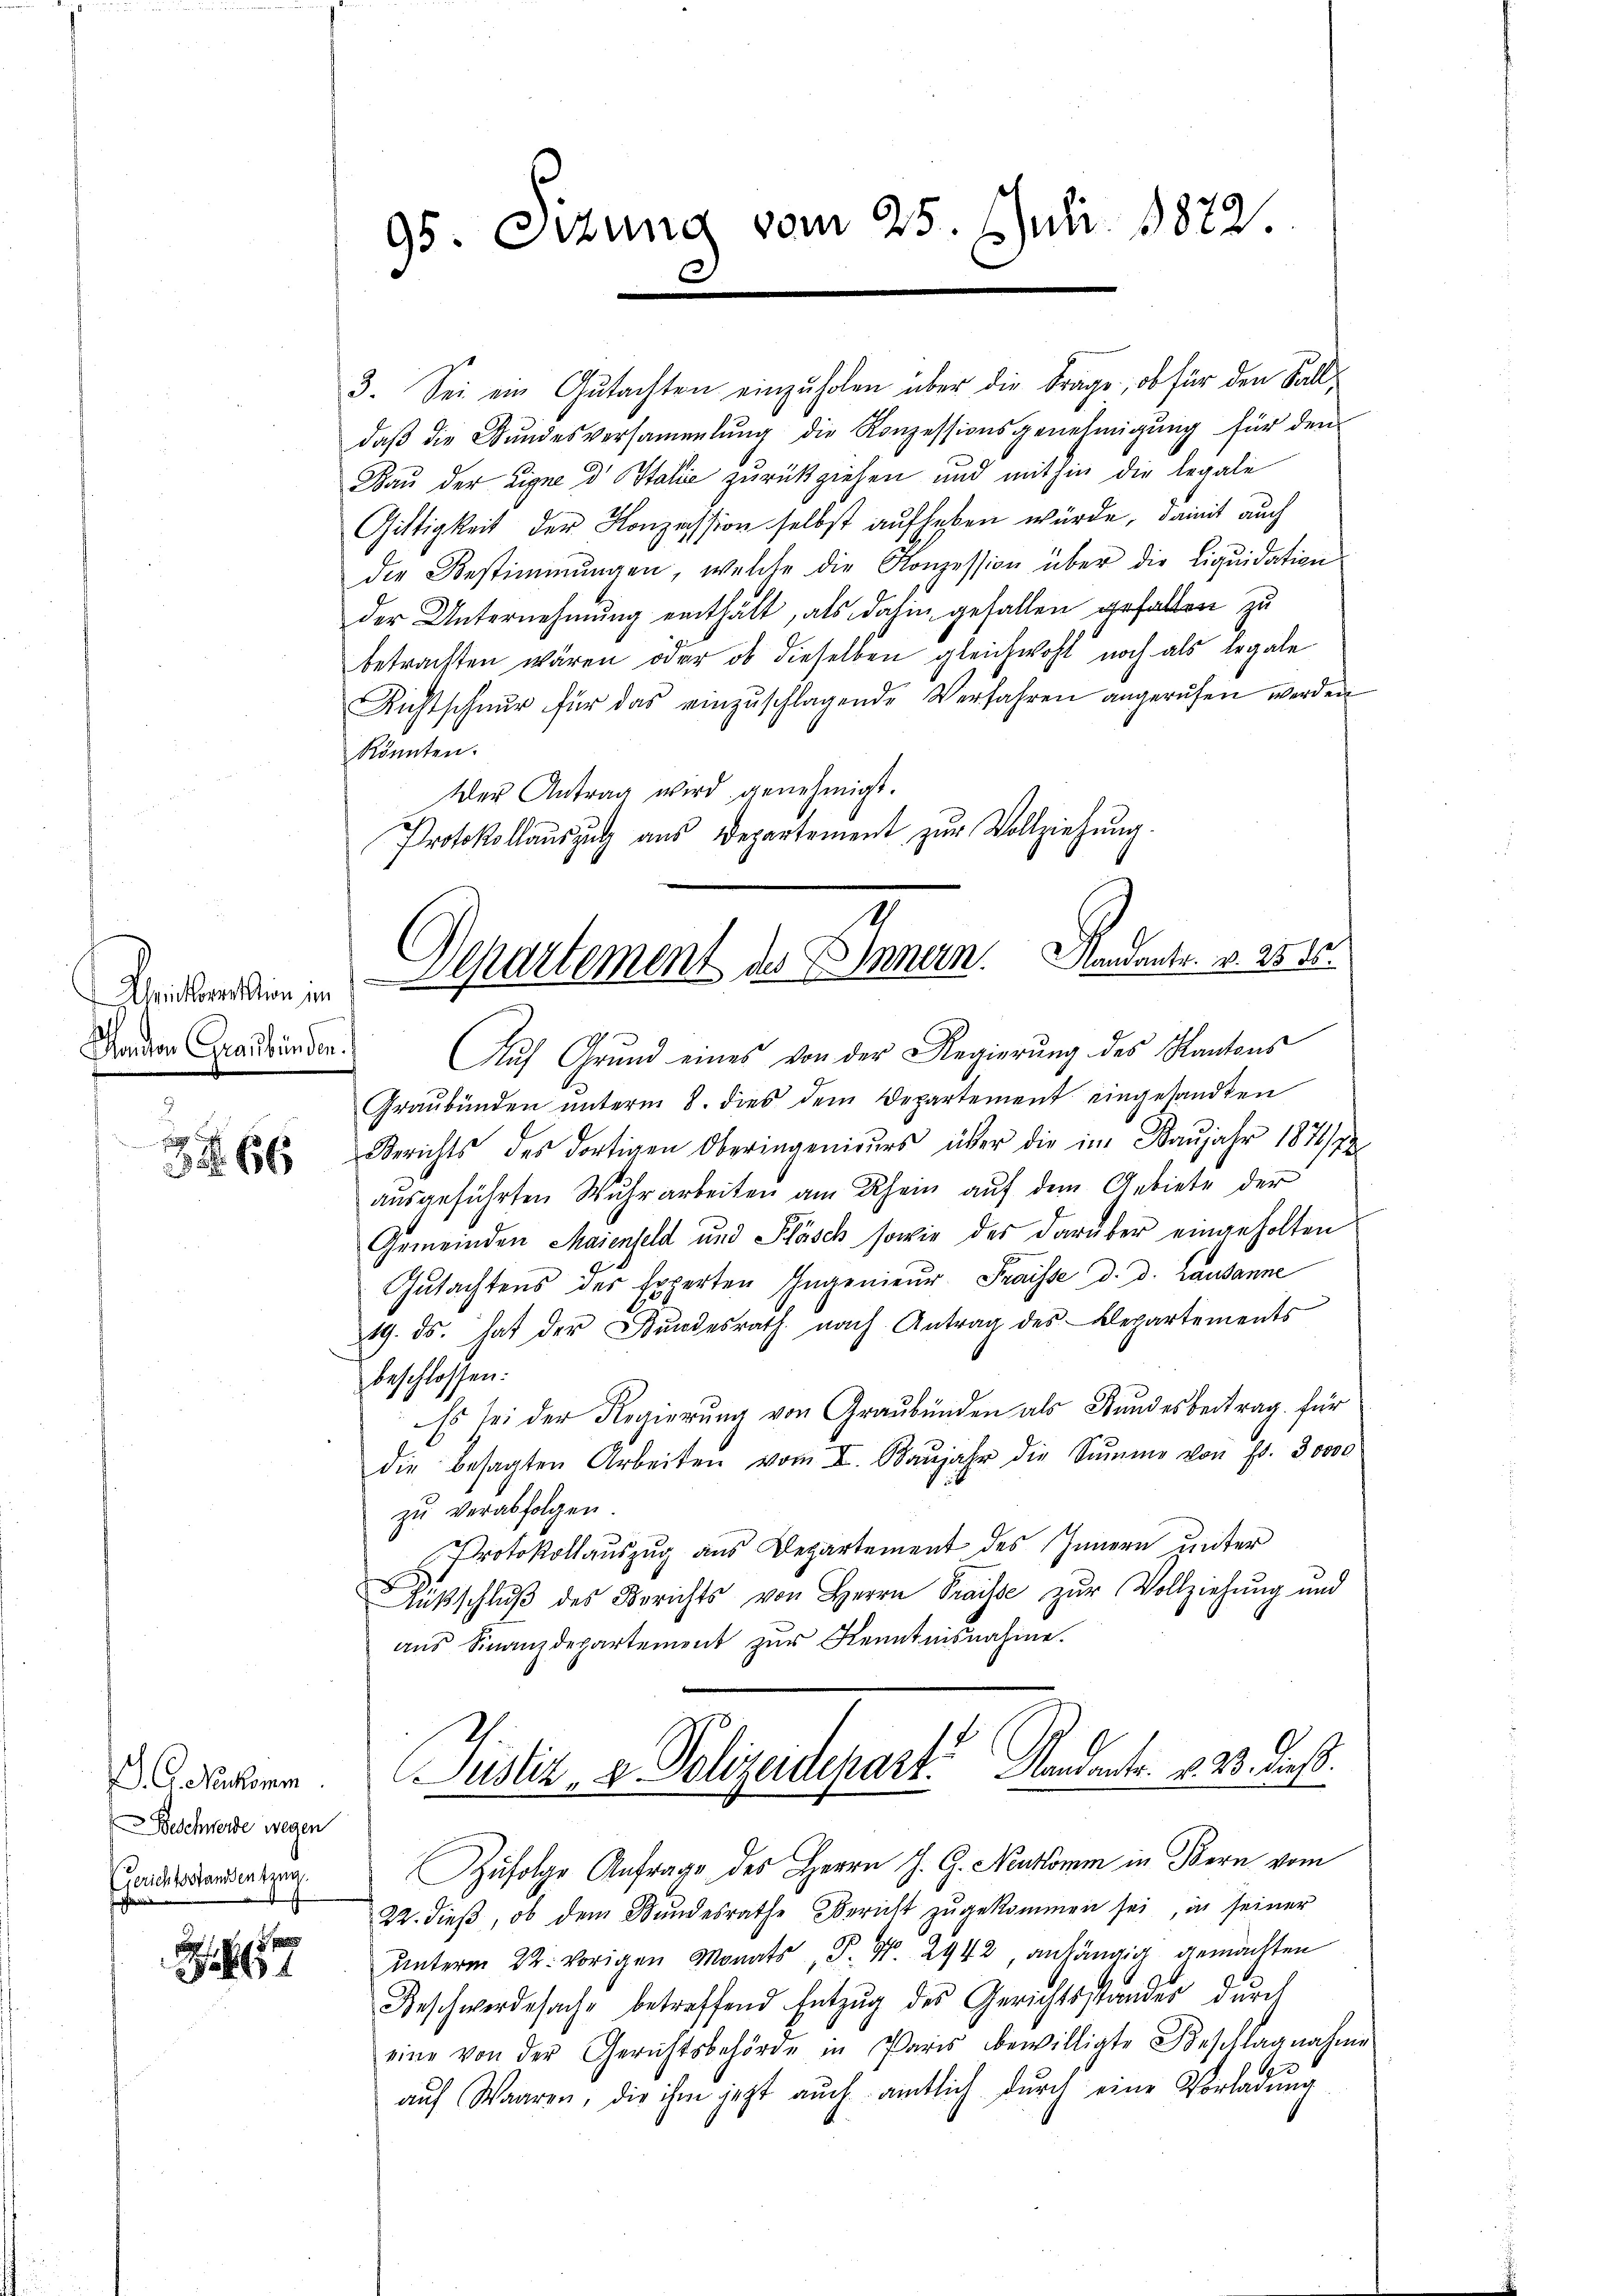
2

 66

. C. Neukomm
Beschwerde wegen
Gerichtsstandentzug

S 1

95. Etzung vom 25. Juli 1872.

3. Sei ein Gutachten einzŭholen über die Frage, ob für den Fall-
daß die Stundesversammlung die Konzessionsgenehmigung für den
Rau der Eigne d Italie zurückziehen und mithin die legale
Giltigkeit der Konzession selbst aufheben würde, damit auch
die Bestimmungen, welche die Konzession über die Liquidation
der Unternehmung enthält, als dahin gefallen gefallen zu
betrachten wären oder ob dieselben gleichwohl noch als legale
Richtschnur für das einzŭschlagende Verfahren angerufen werden
könnten.
Der Antrag wird genehmigt.
Protokollauszug aus Departement zur Vollziehung.
Faden Graswürden. Auf Grund eines von der Regierung des Kantons
Graubünden ŭnterm 8. dies dem Departement eingesandten
Berichts des dortigen Oberingenieŭrs über die im Baŭjahr 1872/7
ausgeführten Wuhrarbeiten am Rhein auf dem Gebiete der
Gemeinden Maienfeld und Pläsch sowie der darüber eingeholten
Gutachtens des Experten Ingenieŭr Fraisse d. d. Lausanne
19. ds. hat der Bundesrath, nach Antrag des Repartements
beschlossen:
Es sei der Regierung von Graubünden als Stundesbeitrag für
die besagten Arbeiten vom I. Baŭjahr die Sŭmme von Fr. 30000
zu verabfolgen.
Protokollauszug aus Departement des Innern unter
Ausschlŭβ des Berichts von Herrn Praisse zur Vollziehung und
aus Finanzdepartement zur Kenntnisnahme.
Justiz- & Polizeidepart. Mandants. v. 23. dieß.
Zufolge Anfrage des Herrn J. G. Neukomm in Bern vom
22. dieβ, ob dem Stundesrathe Bericht zŭgekommen sei, in seiner
unterm 22. vorigen Monats P. Nr. 2942, anhängig gemachten
Beschwerdesache betreffend Entzug des Gerichtsstandes durch
eine von der Gerichtsbehörde in Paris bewilligte Beschlagnahme
.
aŭf Waaren, die ihm jetzt aŭch amtlich dŭrch eine Vorladŭng

Besserden Departement des Innen. Mandants. v. 251